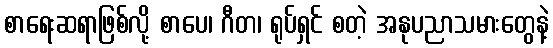
စာရေးဆရာဖြစ်လို့ စာပေ၊ ဂီတ၊ ရုပ်ရှင် စတဲ့ အနုပညာသမားတွေနဲ့